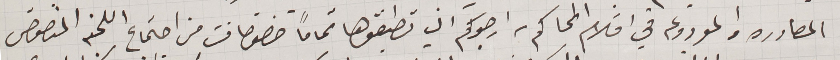
المصادره والمودوعه في اقلام المحاكم، ارجوكم ان تطبقوها تماماً خصوصاً من اجتماع اللجنه المنصوص